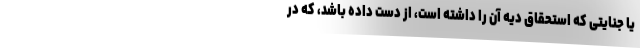
یا جنایتی که استحقاق دیه آن را داشته است، از دست داده باشد، که در